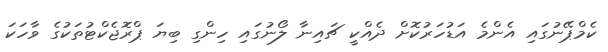
ކެމްޕޭނުގައި އެންމެ އަޑުހަރުކޮށް ދެއްކީ ޗައިނާ ލޯނުގައި ހިންގި ބިޔަ ޕްރޮޖެކްޓުތަކުގެ ވާހަކަ